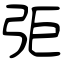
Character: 弡